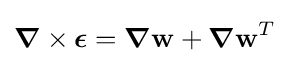
{\boldsymbol {\nabla }}\times {\boldsymbol {\epsilon }}={\boldsymbol {\nabla }}\mathbf {w} +{\boldsymbol {\nabla }}\mathbf {w} ^{T}